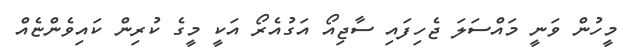
މީހުން ވަނީ މައްސަލަ ޖެހިފައި ސާޖިއޯ އަގުއެރޯ އަކީ މީގެ ކުރިން ކައިވެންޏެއް